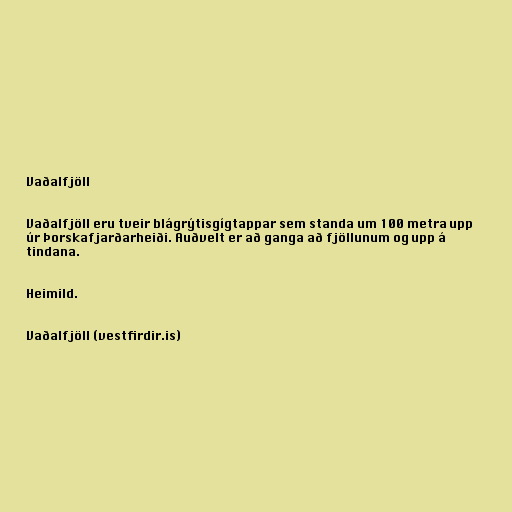
Vaðalfjöll

Vaðalfjöll eru tveir blágrýtisgígtappar sem standa um 100 metra upp
úr Þorskafjarðarheiði. Auðvelt er að ganga að fjöllunum og upp á
tindana.

Heimild.

Vaðalfjöll (vestfirdir.is)